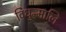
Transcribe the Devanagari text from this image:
विधुन्मालि